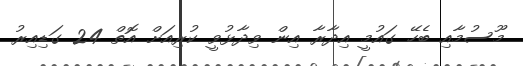
މޫސުމާއި ބެހޭ ގައުމީ އިދާރާ އިން ވިދާޅުވީ ކުރިއަށް އޮތް 24 ގަޑިއިރު